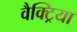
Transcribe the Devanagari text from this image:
वैक्ट्रिया